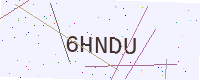
Text: 6HNDU